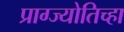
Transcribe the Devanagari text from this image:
प्राग्ज्योतिच्हा